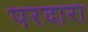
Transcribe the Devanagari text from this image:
परदारा